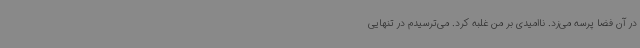
در آن فضا پرسه می‌زد. ناامیدی بر من غلبه کرد. می‌ترسیدم در تنهایی